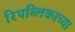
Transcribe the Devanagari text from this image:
रिपब्लिकाच्या